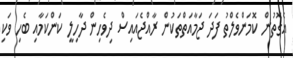
އެގޮތުން ކޮމަންވެލްތު ފަދަ ޖަމާއަތްތަކުން ރާއްޖެއައިސް ދިވެހިން ދާހިލީ ކަންކަމާއި ބެހި ވަކި